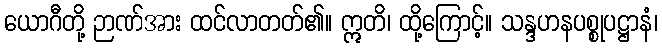
ယောဂီတို့ ဉာဏ်အား ထင်လာတတ်၏။ ဣတိ၊ ထို့ကြောင့်။ သန္ဒဟနပစ္စုပဋ္ဌာနံ၊